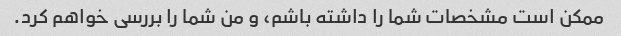
ممکن است مشخصات شما را داشته باشم، و من شما را بررسی خواهم کرد.